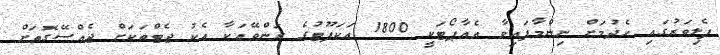
ފެލިވަރުގައި ހެދުމަށް ނިންމާފައިވާ އެއާޕޯޓަކީ 1800 އަކަފޫޓުގެ ރަންވޭއަކާ އެކު ޖެޓްތަކަށް ޖެއްސޭގޮތަށް